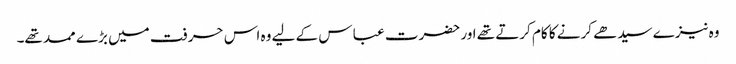
وہ نیزے سیدھے کرنے کا کام کرتے تھے اور حضرت عبا س کے لیے وہ اس حرفت میں بڑے ممد تھے۔